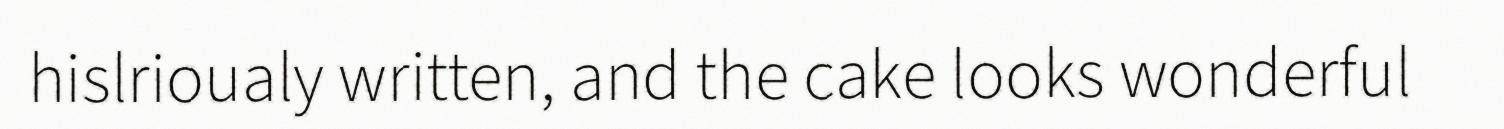
hislrioualy written, and the cake looks wonderful